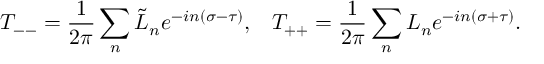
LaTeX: T _ { -- } = \frac { 1 } { 2 \pi } \sum _ { n } \tilde { L } _ { n } e ^ { - i n ( \sigma - \tau ) } , \; \; \; T _ { + + } = \frac { 1 } { 2 \pi } \sum _ { n } L _ { n } e ^ { - i n ( \sigma + \tau ) } .